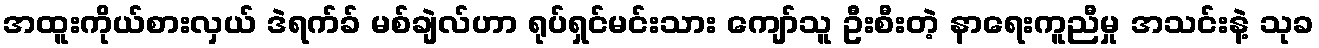
အထူးကိုယ်စားလှယ် ဒဲရက်ခ် မစ်ချဲလ်ဟာ ရုပ်ရှင်မင်းသား ကျော်သူ ဦးစီးတဲ့ နာရေးကူညီမှု အသင်းနဲ့ သုခ